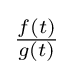
\textstyle {\frac {f(t)}{g(t)}}